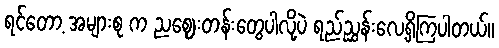
ရင်တော့ အများစု က ညဈေးတန်းတွေပါလို့ပဲ ရည်ညွှန်းလေ့ရှိကြပါတယ်။